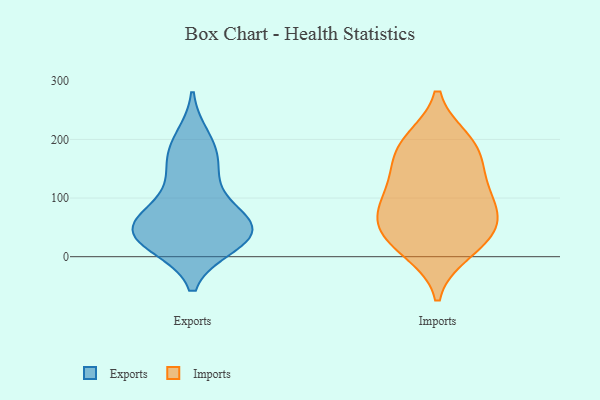
{"axis": {"x": "Backlog", "y": "Value"}, "legend": ["Exports", "Imports"], "data": [{"x": "", "y": 118, "type": "Exports"}, {"x": "", "y": 200, "type": "Exports"}, {"x": "", "y": 61, "type": "Exports"}, {"x": "", "y": 22, "type": "Exports"}, {"x": "", "y": 27, "type": "Exports"}, {"x": "", "y": 41, "type": "Exports"}, {"x": "", "y": 43, "type": "Exports"}, {"x": "", "y": 53, "type": "Exports"}, {"x": "", "y": 69, "type": "Exports"}, {"x": "", "y": 157, "type": "Exports"}, {"x": "", "y": 38, "type": "Exports"}, {"x": "", "y": 175, "type": "Exports"}, {"x": "", "y": 29, "type": "Imports"}, {"x": "", "y": 79, "type": "Imports"}, {"x": "", "y": 197, "type": "Imports"}, {"x": "", "y": 89, "type": "Imports"}, {"x": "", "y": 32, "type": "Imports"}, {"x": "", "y": 132, "type": "Imports"}, {"x": "", "y": 10, "type": "Imports"}, {"x": "", "y": 190, "type": "Imports"}, {"x": "", "y": 53, "type": "Imports"}, {"x": "", "y": 79, "type": "Imports"}, {"x": "", "y": 136, "type": "Imports"}, {"x": "", "y": 181, "type": "Imports"}]}